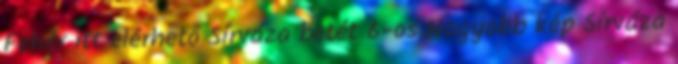
Fehér itt elérhető Sírváza betét 6-os Nagyobb kép Sírváza